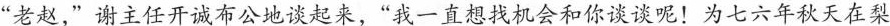
“老赵,”谢主任开诚布公地谈起来，“我一直想找机会和你谈谈呢!为七六年秋天在梨